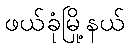
ဖယ်ခုံမြို့နယ်